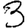
Digit: 3